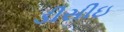
ડીસીઇ